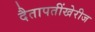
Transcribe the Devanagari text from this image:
दैतापतींखेरीज